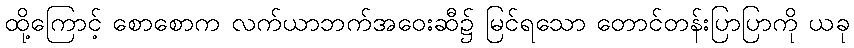
ထို့ကြောင့် စောစောက လက်ယာဘက်အဝေးဆီ၌ မြင်ရသော တောင်တန်းပြာပြာကို ယခု